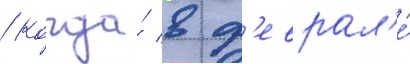
/ когда́ в ф'еврал'е́